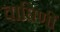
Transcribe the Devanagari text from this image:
वाघिणीं